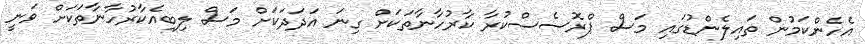
އެހެންކަމުން ތައިލެންޑުގައި މަސް ޕްރޮސެސްކުރާ ކާރުހާނާތަކަށް ގިނަ އަދަދަކަށް މަސް ލިބިއެކާރުހާނާތަކަށް ވަނީ